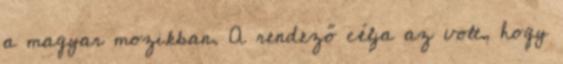
a magyar mozikban. A rendező célja az volt, hogy